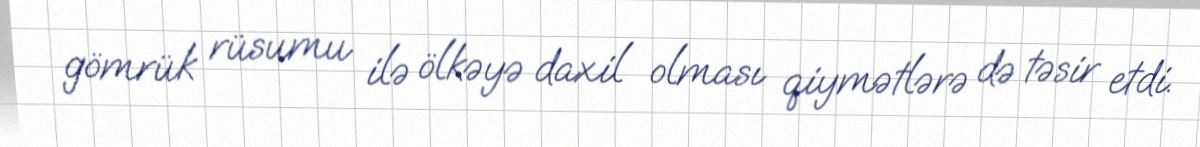
gömrük rüsumu ilə ölkəyə daxil olması qiymətlərə də təsir etdi.